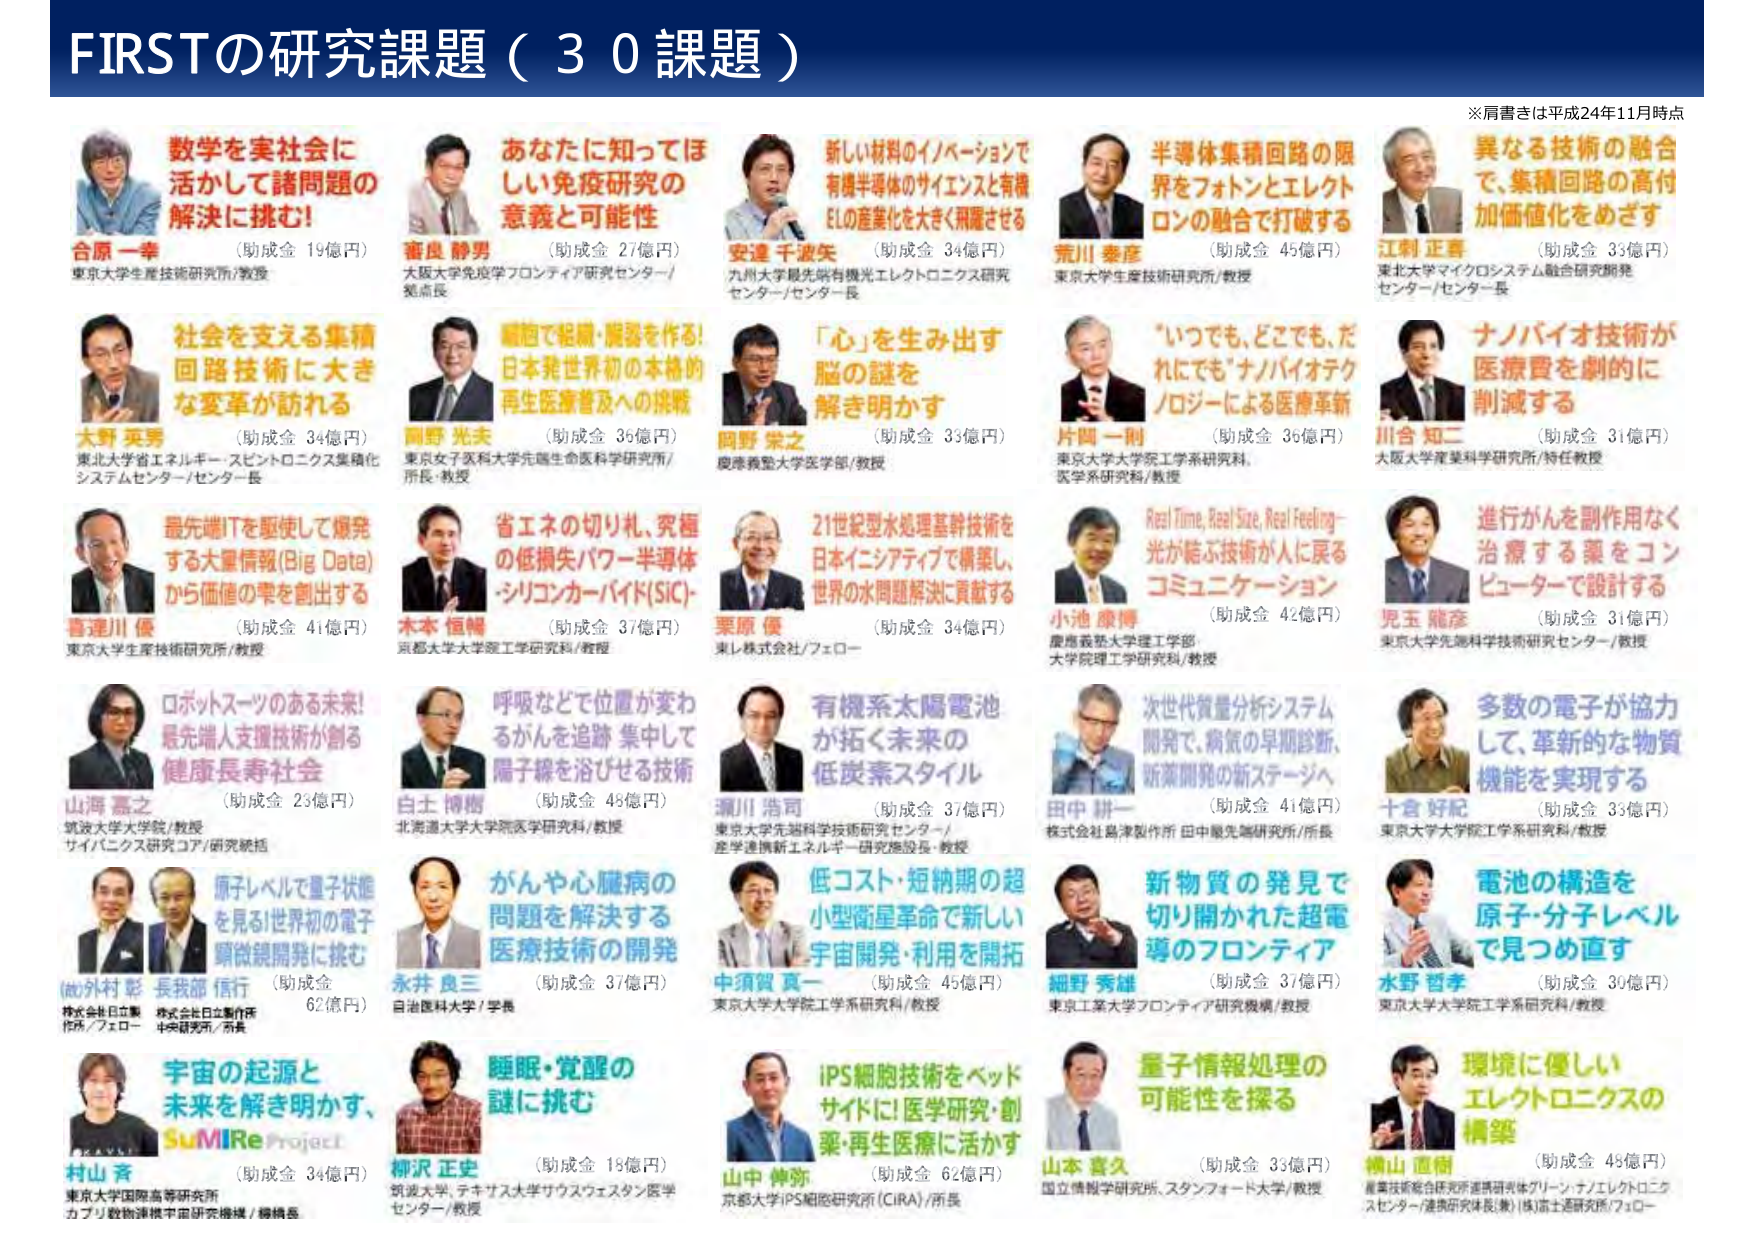
FIRSTの研究課題（30課題）

※肩書きは平成24年11月時点

数学を実社会に
活かして諸問題の
解決に挑む！
合原 一幸 （助成金 19億円）
東京大学生産技術研究所/教授

あなたに知ってほ
しい免疫研究の
意義と可能性
査良 静男 （助成金 27億円）
大阪大学免疫学フロンティア研究センター/
発点長

新しい材料のイノベーションで
有機半導体のサイエンスと有機
ELの産業化を大きく飛躍させる
安達 千波矢 （助成金 34億円）
九州大学最先端有機光エレクトロニクス研究
センター/センター長

半導体集積回路の限
界をフォトンとエレクト
ロンの融合で打破する
荒川 泰彦 （助成金 45億円）
東京大学生産技術研究所/教授

異なる技術の融合
で、集積回路の高付
加価値化をめざす
江刺 正喜 （助成金 33億円）
東北大学マイクロシステム融合研究開発
センター/センター長

社会を支える集積
回路技術に大き
な変革が訪れる
大野 英男 （助成金 34億円）
東北大学省エネルギー・スピントロニクス集積化
システムセンター/センター長

細胞で組織・臓器を作る！
日本発世界初の本格的
再生医療普及への挑戦
岡野 光夫 （助成金 36億円）
東京女子医科大学先端生命医科学研究所/
所長・教授

「心」を生み出す
脳の謎を
解き明かす
岡野 栄之 （助成金 33億円）
慶應義塾大学医学部/教授

「いつでも、どこでも、だ
れにでも」ナノバイオテク
ノロジーによる医療革新
片岡 一則 （助成金 36億円）
東京大学大学院工学系研究科、
医学系研究科/教授

ナノバイオ技術が
医療費を劇的に
削減する
川合 知二 （助成金 31億円）
大阪大学産業科学研究所/特任教授

最先端ITを駆使して爆発
する大量情報(Big Data)
から価値の泉を創出する
喜連川 優 （助成金 41億円）
東京大学生産技術研究所/教授

省エネの切り札、究極
の低損失パワー半導体
・シリコンカーバイド(SiC)-
木本 恒暢 （助成金 37億円）
京都大学大学院工学研究科/教授

21世紀型水処理基幹技術を
日本イニシアティブで構築し、
世界の水問題解決に貢献する
栗原 優 （助成金 34億円）
東レ株式会社/フェロー

Real Time, Real Size, Real Feeling-
光が結ぶ技術が人に戻る
コミュニケーション
小池 康博 （助成金 42億円）
慶應義塾大学理工学部、
大学院理工学研究科/教授

進行がんを副作用なく
治療する薬をコン
ピューターで設計する
児玉 龍彦 （助成金 31億円）
東京大学先端科学技術研究センター/教授

ロボットスーツのある未来！
最先端人支援技術が創る
健康長寿社会
山海 嘉之 （助成金 23億円）
筑波大学大学院/教授
サイバニクス研究コア/研究統括

呼吸などで位置が変わ
るがんを追跡 集中して
陽子線を浴びせる技術
白土 博樹 （助成金 45億円）
北海道大学大学院医学研究科/教授

有機系太陽電池
が拓く未来の
低炭素スタイル
瀬川 浩司 （助成金 37億円）
東京大学先端科学技術研究センター/
産学連携新エネルギー研究施設長・教授

次世代質量分析システム
開発で、病気の早期診断、
新薬開発の新ステージへ
田中 耕一 （助成金 41億円）
株式会社島津製作所 田中優先場研究所/所長

多数の電子が協力
して、革新的な物質
機能を実現する
十倉 好紀 （助成金 33億円）
東京大学大学院工学系研究科/教授

原子レベルで量子状態
を見る！世界初の電子
顕微鏡開発に挑む
(故)外村 彰 長我部 信行 （助成金 62億円）
株式会社日立製作所 作所/フェロー 株式会社日立製作所 中央研究所/所長

がんや心臓病の
問題を解決する
医療技術の開発
永井 良三 （助成金 37億円）
自治医科大学/学長

低コスト・短納期の超
小型衛星革命で新しい
宇宙開発・利用を開拓
中須賀 真一 （助成金 45億円）
東京大学大学院工学系研究科/教授

新物質の発見で
切り開かれた超電
導のフロンティア
細野 秀雄 （助成金 37億円）
東京工業大学フロンティア研究機構/教授

電池の構造を
原子・分子レベル
で見つめ直す
水野 哲孝 （助成金 30億円）
東京大学大学院工学系研究科/教授

宇宙の起源と
未来を解き明かす、
SuMIRe Project
村山 斉 （助成金 34億円）
東京大学国際高等研究所
カブリ数物連携宇宙研究機構/機構長

睡眠・覚醒の
謎に挑む
柳沢 正史 （助成金 15億円）
筑波大学、テキサス大学サウスウェスタン医学
センター/教授

iPS細胞技術をベッド
サイドに！医学研究・創
薬・再生医療に活かす
山中 伸弥 （助成金 62億円）
京都大学iPS細胞研究所（CiRA）/所長

量子情報処理の
可能性を探る
山本 喜久 （助成金 33億円）
国立情報学研究所、スタンフォード大学/教授

環境に優しい
エレクトロニクスの
構築
禰山 直樹 （助成金 45億円）
産業技術総合研究所連携研究体グリーン・ナノエレクトロニクス
センター/連携研究員（兼）（株）富士通研究所/フェロー